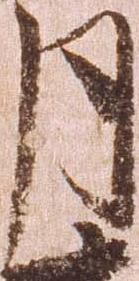
月